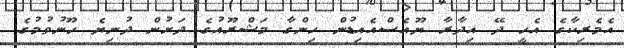
އެމެރިކާގެ އެހީ ދޭ އިދާރާ ޔޫއެސްއެއިޑުން ހިންގާ މަޝްރޫއުގެ ދަށުން ދުނިޔެ ހޫނުވުމުގެ